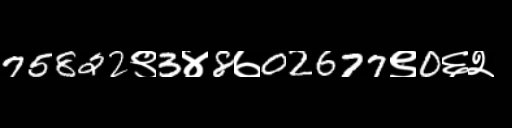
Text: 75822९3४8७02677९0६२